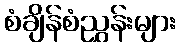
စံချိန်စံညွှန်းများ